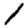
Digit: 1